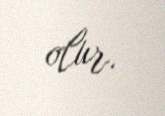
olur.